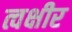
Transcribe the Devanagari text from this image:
त्वक्षीर